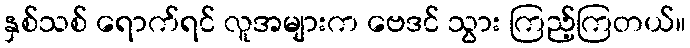
နှစ်သစ် ရောက်ရင် လူအများက ဗေဒင် သွား ကြည့်ကြတယ်။